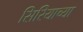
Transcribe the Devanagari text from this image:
सिरियाच्या